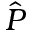
\hat { P }